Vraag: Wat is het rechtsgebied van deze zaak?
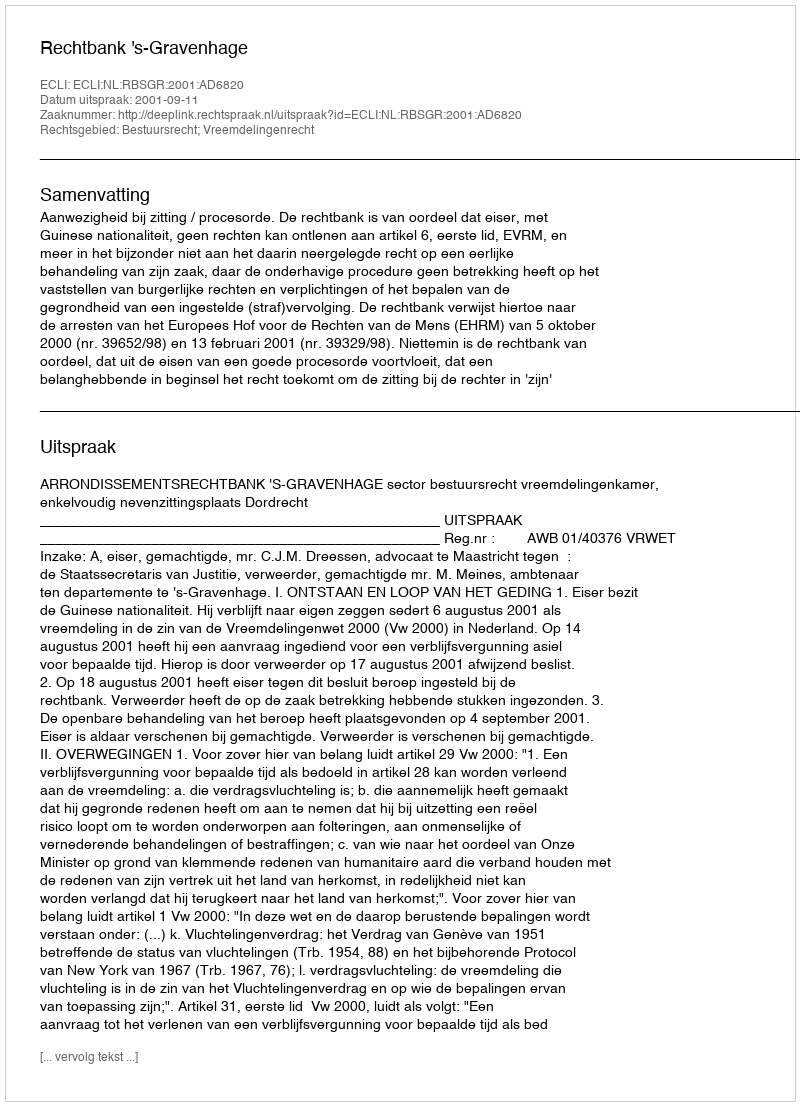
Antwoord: Bestuursrecht; Vreemdelingenrecht